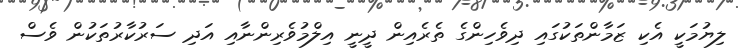
ލިޔުމަކީ އެކި ޒަމާންތަކުގައި ދިވެހިންގެ ތެރެއިން ދީނީ އިލްމުވެރިންނާއި އަދި ސަރުކާރުތަކުން ވެސް